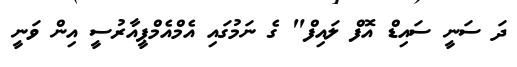
ދަ ސަނީ ސައިޑް އޮފް ލައިފް" ގެ ނަމުގައި އެމްއެމްޕީއާރުސީ އިން ވަނީ